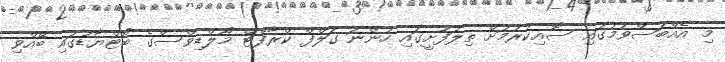
މި އެއްބަސްވުމުގައި ސޮއިކުރުމަށް ތިލަފުށީގައި ހުންނަ ގަލްފް ކްރާފްޓް މޯލްޑިވްސްގެ ބޯޓްޔާޑުގައި ބޭއްވި